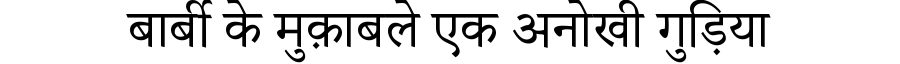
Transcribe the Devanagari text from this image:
बार्बी के मुक़ाबले एक अनोखी गुड़िया